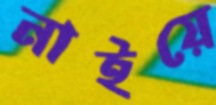
নাইয়ে